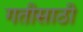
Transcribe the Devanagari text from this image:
गतीसाठी